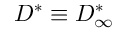
D ^ { * } \equiv D _ { \infty } ^ { * }